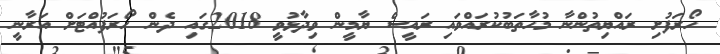
ހޯރަފުށި ރައްޔިތުންނާ މުހާތަބުކުރައްވައި ރައީސް ޔާމީން ވިދާޅުވީ 2018ގައި ދެން ހޯރަފުއްޓަށް އަރާނީ